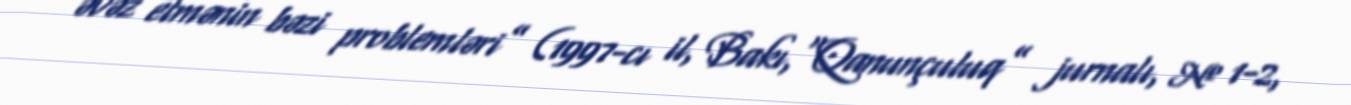
əvəz etmənin bəzi problemləri” (1997-cı il, Bakı,“Qanunçuluq” jurnalı, № 1-2,